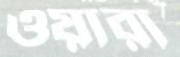
ওয়ারা